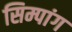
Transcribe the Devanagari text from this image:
सिम्पांग